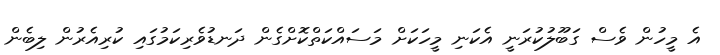
އެ މީހުން ވެސް ގަބޫލުކުރަނީ އެކަނި މީހަކަށް މަސައްކަތްކޮށްގެން ދަނޑުވެރިކަމުގައި ކުރިއެރުން ލިބެން